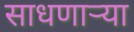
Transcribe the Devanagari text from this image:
साधणार्‍या